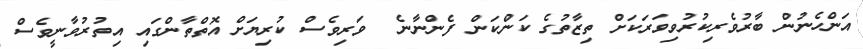
އަންހެނުން ބާރުވެރިކުރުވިވަރަކަށް ތިޒާތުގެ ކަންކަން ފެންނާނެ  ވަރިވެސް ކުރިޔަށް އޮތްތާންގައި އިތުރުވާނީވެސް